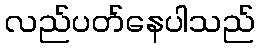
လည်ပတ်နေပါသည်